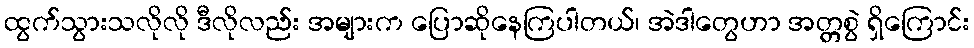
ထွက်သွားသလိုလို ဒီလိုလည်း အများက ပြောဆိုနေကြပါတယ်၊ အဲဒါတွေဟာ အတ္တစွဲ ရှိကြောင်း